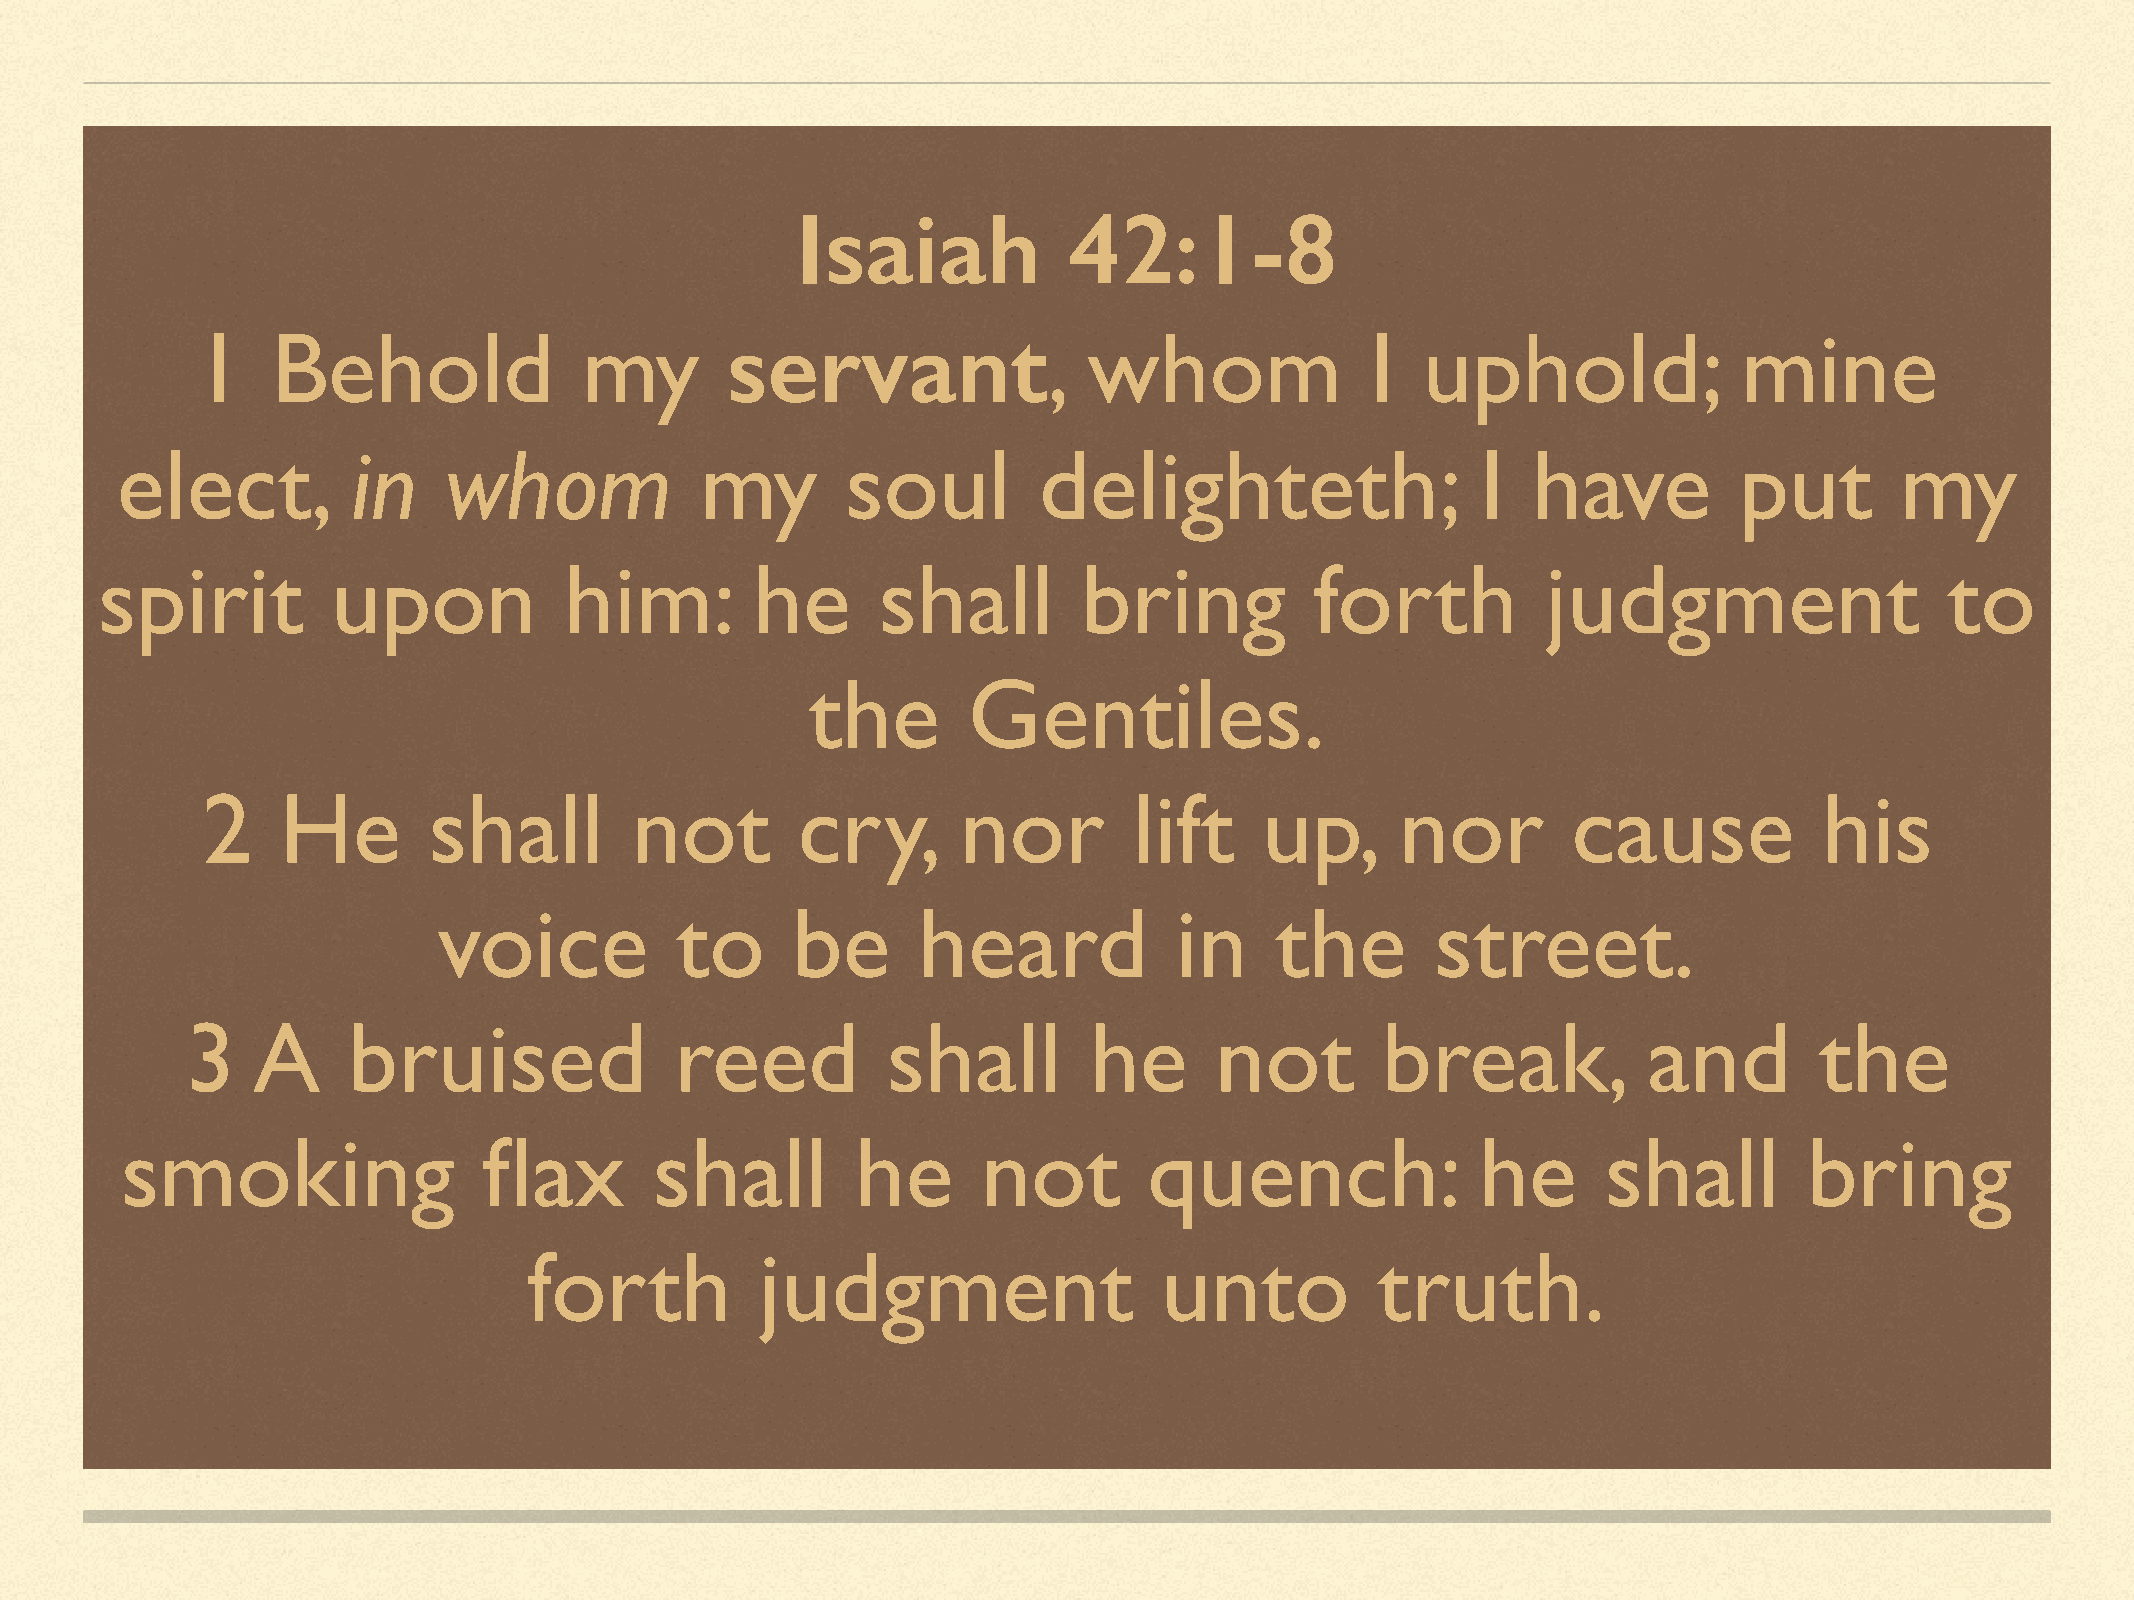
Isaiah            42:1-8
 1    Behold               my       servant,                whom               I  uphold;              mine
 elect,         in    whom             my        soul         delighteth;                  I  have          put        my
 spirit          upon           him:         he      shall         bring          forth          judgment                   to
 the       Gentiles.
 2     He       shall         not        cry,       nor        lift     up,      nor        cause            his
 voice           to     be       heard            in    the        street.
 3    A     bruised               reed          shall        he      not        break,            and        the
 smoking                 flax       shall         he      not        quench:               he      shall         bring
 forth          judgment                   unto          truth.